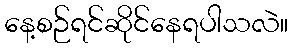
နေ့စဉ်ရင်ဆိုင်နေရပါသလဲ။